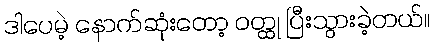
ဒါပေမဲ့ နောက်ဆုံးတော့ ဝတ္ထု ပြီးသွားခဲ့တယ်။